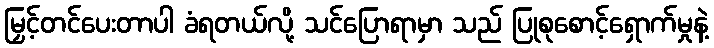
မြှင့်တင်ပေးတာပါ ခံရတယ်လို့ သင်ပြောရာမှာ သည် ပြုစုစောင့်ရှောက်မှုနဲ့